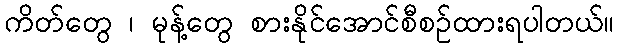
ကိတ်တွေ ၊ မုန့်တွေ စားနိုင်အောင်စီစဉ်ထားရပါတယ်။